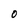
Character: 0